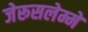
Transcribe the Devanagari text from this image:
जेरूसलेम्मे